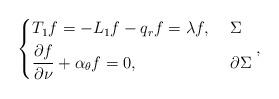
LaTeX: \begin{align*}\begin{dcases*}T_1f=-L_1f-q_rf=\lambda f, & $~\Sigma$ \\\frac{\partial f}{\partial\nu}+\alpha_\theta f=0, & $~\partial\Sigma$\end{dcases*},\end{align*}